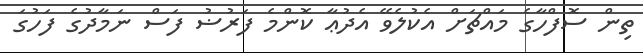
ތިން ސޮފްހާގެ މައްޗަށް އެކުލެވޭ އެދުޢާ ކޮންމެ ފަރުޟު ފަސް ނަމާދުގެ ފަހުގަ